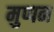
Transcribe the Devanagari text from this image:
मुप्पन